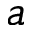
a